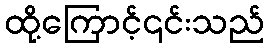
ထို့ကြောင့်၎င်းသည်